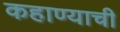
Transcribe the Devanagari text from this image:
कहाण्याची